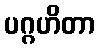
ပဂ္ဂဟိတာ